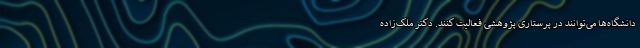
دانشگاه‌ها می‌توانند در پرستاری پژوهشی فعالیت کنند. دکتر ملک‌زاده